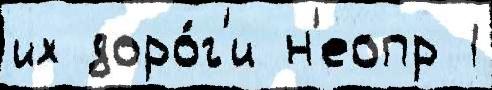
их доро́г'и н'еопр 1